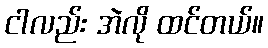
ငါလည်း အဲလို ထင်တယ်။